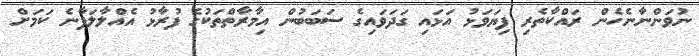
ނުވަންނާނެހެން ރައްކާތެރި ފިޔަވަޅު އަޅައި ގަދަވައިގެ ސަބަބުން އިމާރާތްތަކުގެ ފުރާޅު އެއްލާލަފާނެ ކަމަށް